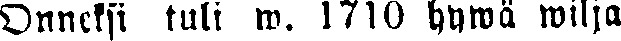
Onneksi tuli w. 1710 hywä wilja